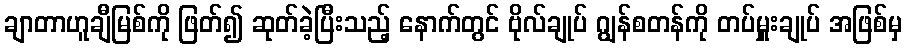
ချာတာဟူချီမြစ်ကို ဖြတ်၍ ဆုတ်ခဲ့ပြီးသည့် နောက်တွင် ဗိုလ်ချုပ် ဂျွန်စတန်ကို တပ်မှူးချုပ် အဖြစ်မှ